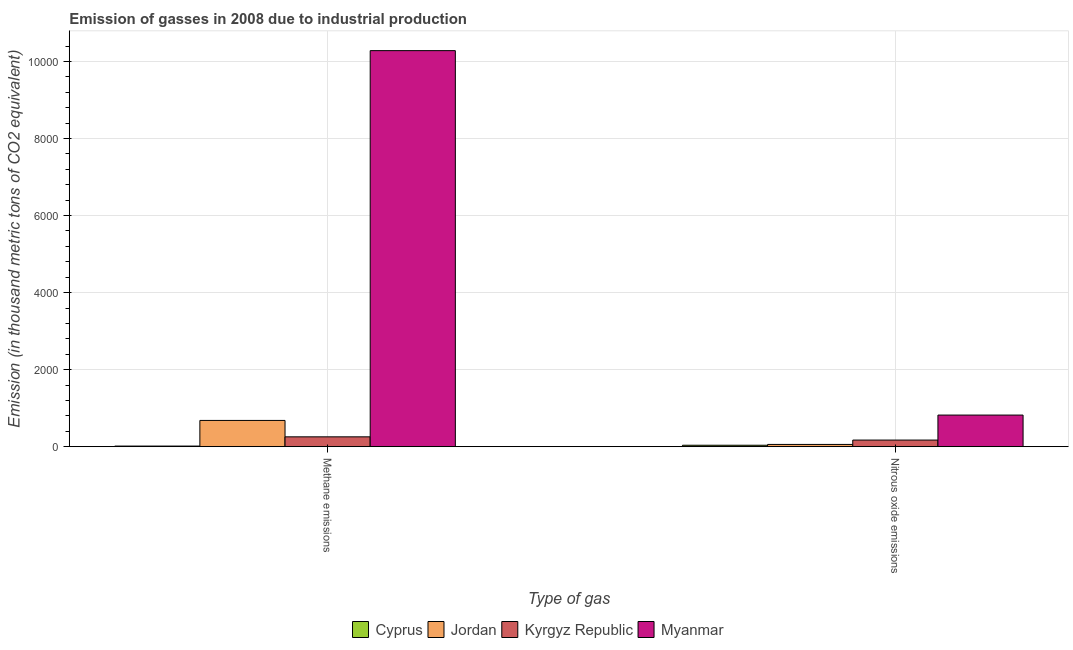
| Type of gas | Cyprus | Jordan | Kyrgyz Republic | Myanmar |
 | --- | --- | --- | --- | --- |
 | Methane emissions | 16 | 682 | 256 | 1.03e+04 |
 | Nitrous oxide emissions | 37.6 | 58.7 | 172 | 821 |